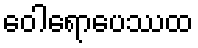
ဝေါရောပေဿထ